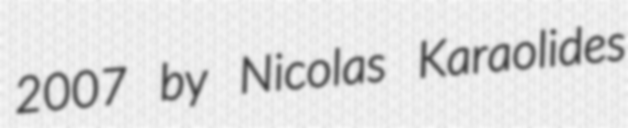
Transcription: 2007 by Nicolas Karaolides